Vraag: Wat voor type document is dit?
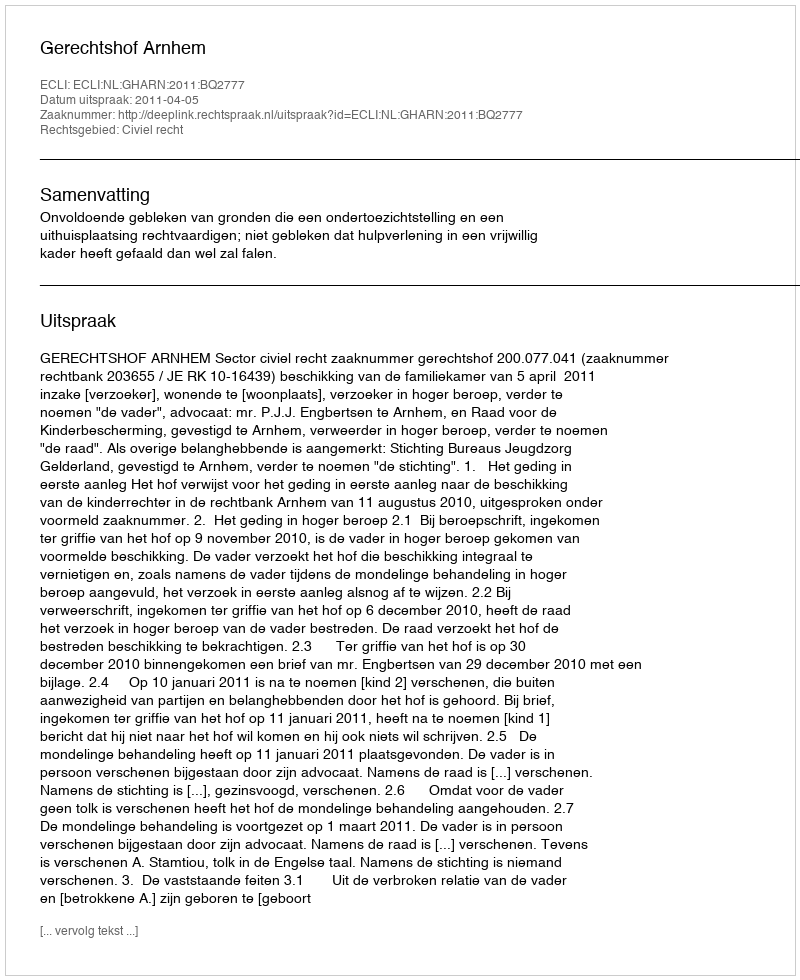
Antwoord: Uitspraak